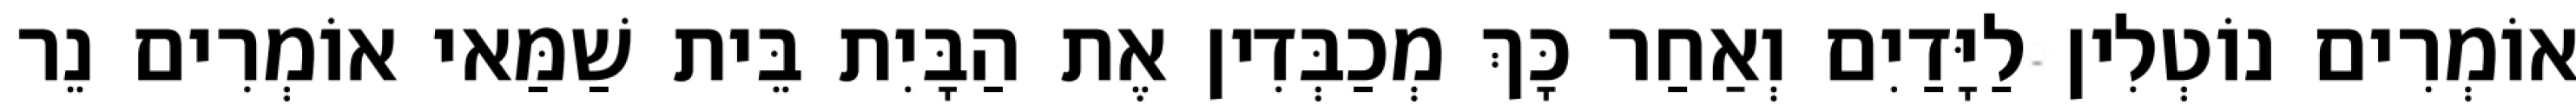
אוֹמְרִים נוֹטְלִין לַיָּדַיִם וְאַחַר כָּךְ מְכַבְּדִין אֶת הַבָּיִת בֵּית שַׁמַּאי אוֹמְרִים נֵר